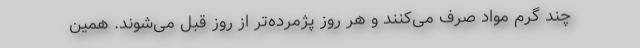
چند گرم مواد صرف می‌کنند و هر روز پژمرده‌تر از روز قبل می‌شوند. همین